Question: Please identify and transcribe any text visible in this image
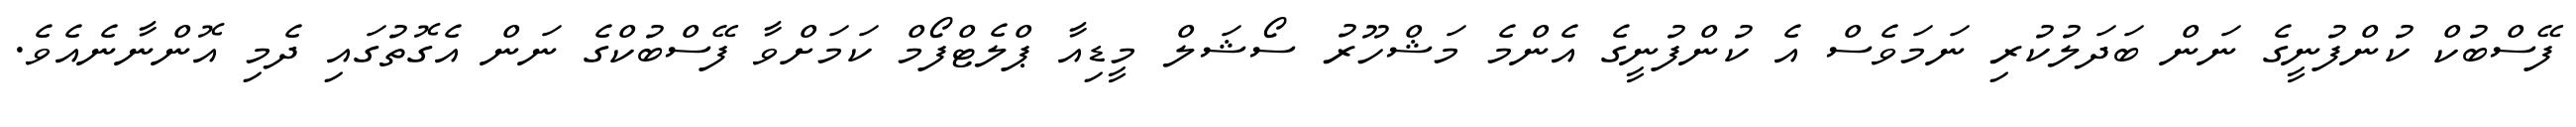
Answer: ފޭސްބުކް ކުންފުނީގެ ނަން ބަދަލުކުރި ނަމަވެސް އެ ކުންފުނީގެ އެންމެ މަޝްހޫރު ސޯޝަލް މީޑިއާ ޕްލެޓްފޯމް ކަމަށްވާ ފޭސްބުކްގެ ނަން އެގޮތުގައި ދެމި އޮންނާނެއެވެ.